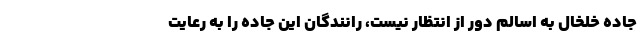
جاده خلخال به اسالم دور از انتظار نیست، رانندگان این جاده را به رعایت